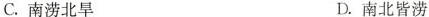
C.南涝北旱 D.南北皆涝